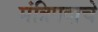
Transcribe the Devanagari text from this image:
मंत्रिपदाचे